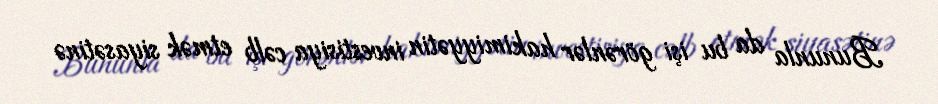
Bununla da bu işi görənlər hakimiyyətin investisiya cəlb etmək siyasətinə